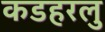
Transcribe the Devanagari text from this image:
कडहरलु